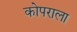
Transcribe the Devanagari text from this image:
कोपराला